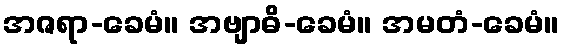
အဇရာ-ခေမံ။ အဗျာဓိ-ခေမံ။ အမတံ-ခေမံ။